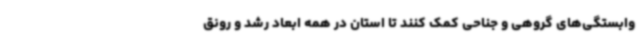
وابستگی‌های گروهی و جناحی کمک کنند تا استان در همه ابعاد رشد و رونق